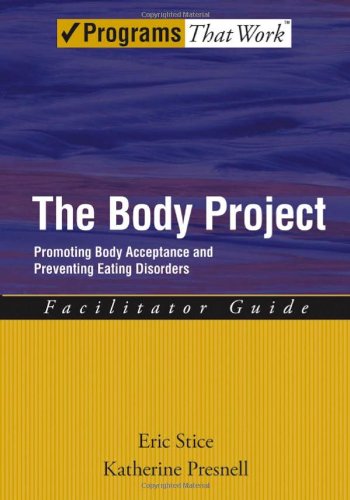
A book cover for The Body Project: Promoting Body Acceptance and Preventing Eating Disorders Facilitator Guide (Treatments That Work); Eric Stice; Health, Fitness & Dieting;